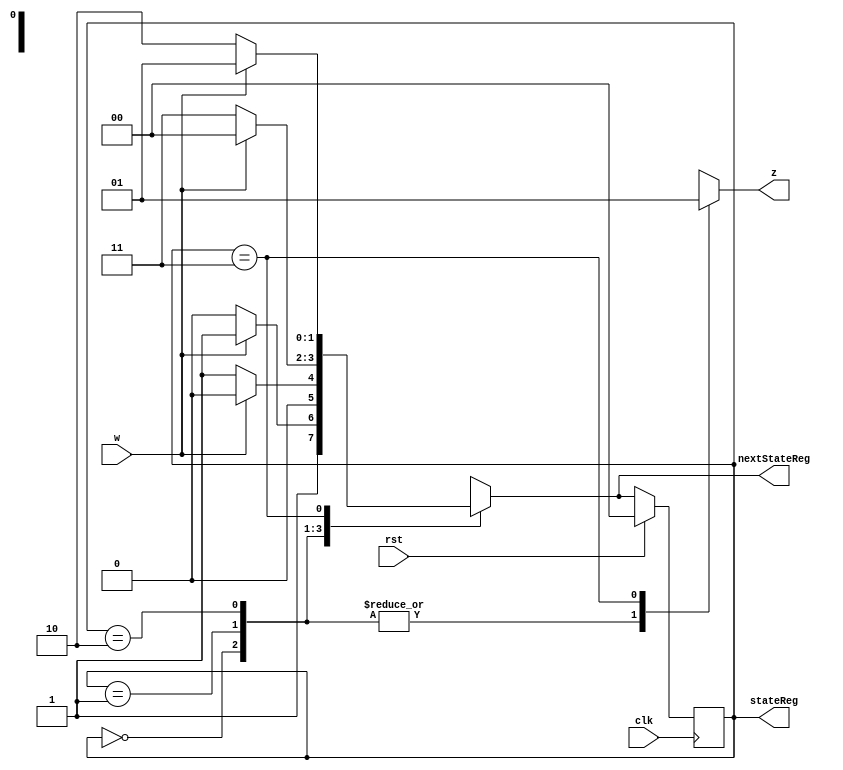
`timescale 1ns / 1ns

module source(z, stateReg, nextStateReg, w, rst, clk);

output reg [0:0]z;
input wire w;
input wire rst;
input wire clk;
parameter S0 = 2'b00,
	S1 = 2'b01,
	S2 = 2'b10,
	S3 = 2'b11;
	
output reg [1:0] stateReg;
output reg [1:0] nextStateReg;

always@(w, stateReg) begin
	case(stateReg)
		S0: begin
			if(w == 0) begin
				nextStateReg <= S2;
			end
			else begin
				nextStateReg <= S3;
			end
			z <= 1'b0;
		end
		S1: begin
			if(w == 0) begin
				nextStateReg <= S1;
			end
			else begin
				nextStateReg <= S0;
			end
			z <= 1'b0;
		end
		S2: begin
			if(w == 0) begin
				nextStateReg <= S3;
			end
			else begin
				nextStateReg <= S0;
			end
			z <= 1'b0;
		end
		S3: begin
			if(w == 0) begin
				nextStateReg <= S2;
			end
			else begin
				nextStateReg <= S1;
			end
			z <= 1'b1;
		end
	endcase
end
		
always@(posedge clk) begin
	if(rst) begin
		stateReg <= S0;
	end
	else begin
		stateReg <= nextStateReg;
	end
end

endmodule